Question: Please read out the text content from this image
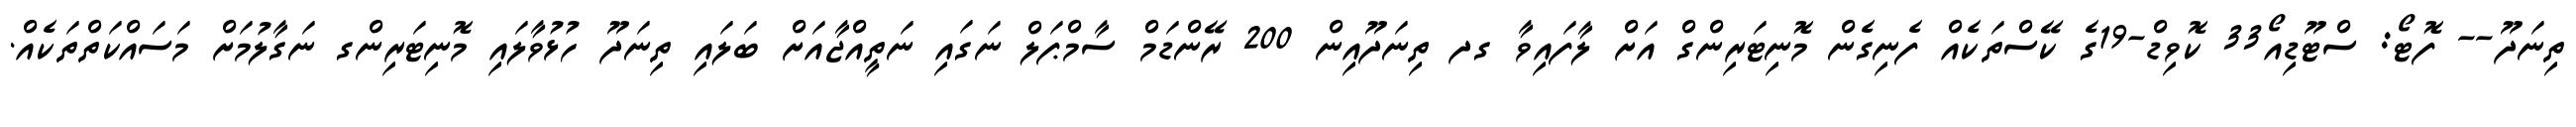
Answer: ތިނަދޫ-- ފޮޓޯ: ސްޓޫޑިއޯ33 ކޮވިޑް-19ގެ ކޭސްތަކެއް ފެނިގެން މޮނިޓަރިންގް އަށް ލާފައިވާ ގދ ތިނަދޫއިން 200 ރޭންޑަމް ސާމްޕަލް ނަގައި ނަތީއްޖާއަށް ބަލައި ތިނަދޫ ހުޅުވާލައި މޮނިޓަރިންގ ނަގާލުމަށް މަސައްކަތްތަކެއް.